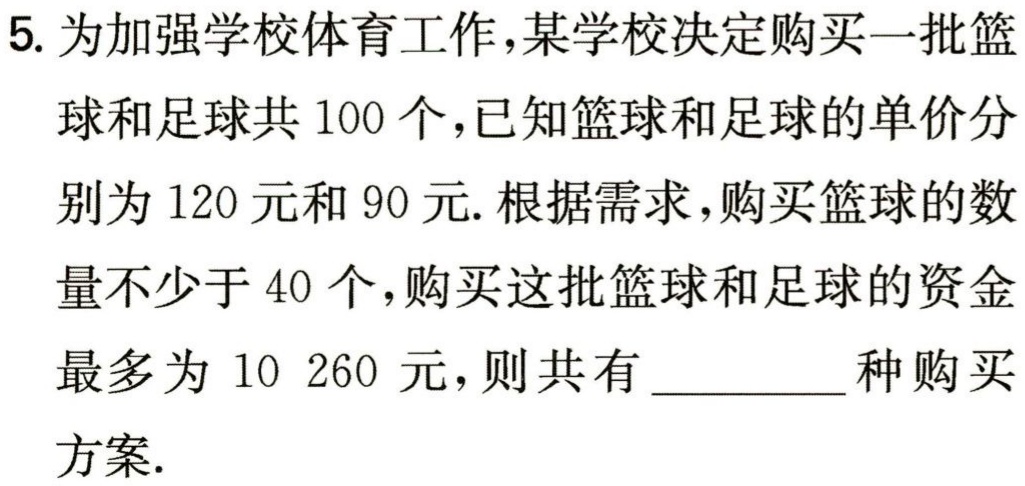
5. 为加强学校体育工作，某学校决定购买一批篮球和足球共 100 个，已知篮球和足球的单价分别为 120 元和 90 元. 根据需求，购买篮球的数量不少于 40 个，购买这批篮球和足球的资金最多为 10 260 元，则共有________种购买方案.